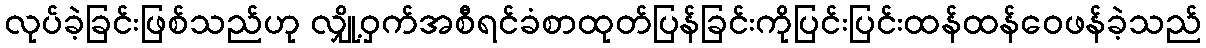
လုပ်ခဲ့ခြင်းဖြစ်သည်ဟု လျှို့ဝှက်အစီရင်ခံစာထုတ်ပြန်ခြင်းကိုပြင်းပြင်းထန်ထန်ဝေဖန်ခဲ့သည်